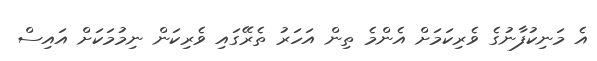
އެ މަނިކުފާނުގެ ވެރިކަމަށް އެންމެ ތިން އަހަރު ތެރޭގައި ވެރިކަން ނިމުމަކަށް އައިސް